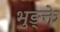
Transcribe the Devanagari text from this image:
भुङ्क्ते